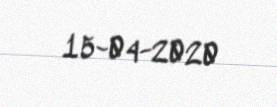
15-04-2020